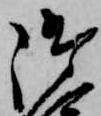
御